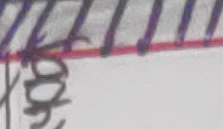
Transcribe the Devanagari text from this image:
को